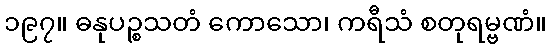
၁၉၇။ ဓနုပဉ္စသတံ ကောသော၊ ကရီသံ စတုရမ္ဗဏံ။